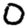
Digit: 0